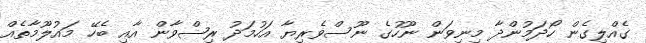
ގެއްލިގެން ހޯދަމުންދާ މިނިވަން ނޫހުގެ ނޫސްވެރިޔާ އަހުމަދު ރިޟްވާން އާއި ބެހޭ މައުލޫމާތެއް